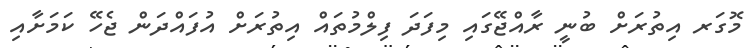
މޮގަރ އިތުރަށް ބުނީ ރާއްޖޭގައި މިފަދަ ފިލްމުތައް އިތުރަށް އުފައްދަން ޖެހޭ ކަމަށާއި